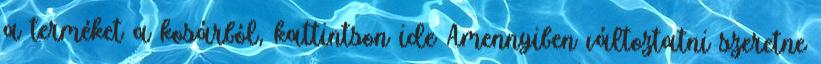
a terméket a kosárból, kattintson ide Amennyiben változtatni szeretne